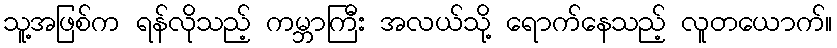
သူ့အဖြစ်က ရန်လိုသည့် ကမ္ဘာကြီး အလယ်သို့ ရောက်နေသည့် လူတယောက်။